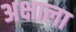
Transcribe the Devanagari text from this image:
अक्षाला